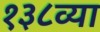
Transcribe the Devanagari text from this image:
१३८व्या